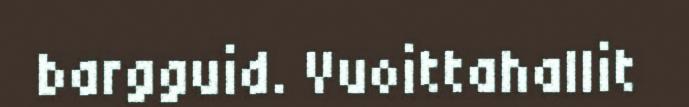
bargguid. Vuoittahallit